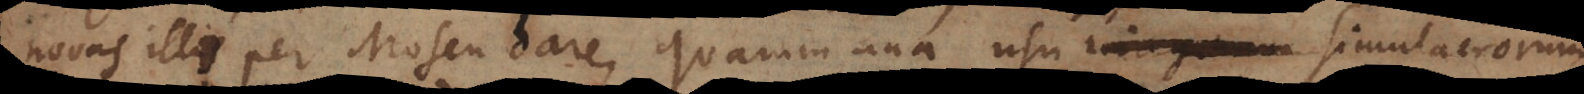
novas illi per Mosen dare, quarum una usu imaginum